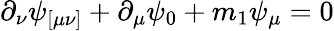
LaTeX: \partial_{\nu}\psi_{[\mu\nu]}+\partial_{\mu}\psi_{0}+m_{1}\psi_{\mu}=0